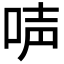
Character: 𠴢